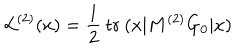
LaTeX: { \cal L } ^ { ( 2 ) } ( x ) = \frac 1 2 \: \mathrm { t r } \: ( x \vert M ^ { ( 2 ) } G _ { 0 } \vert x )